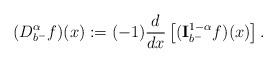
LaTeX: \begin{align*} (D _{b^-}^{\alpha} f)(x):= (-1)\frac{d}{dx}\left[({\bf I}_{b^-}^{1-\alpha}f)(x)\right]. \end{align*}